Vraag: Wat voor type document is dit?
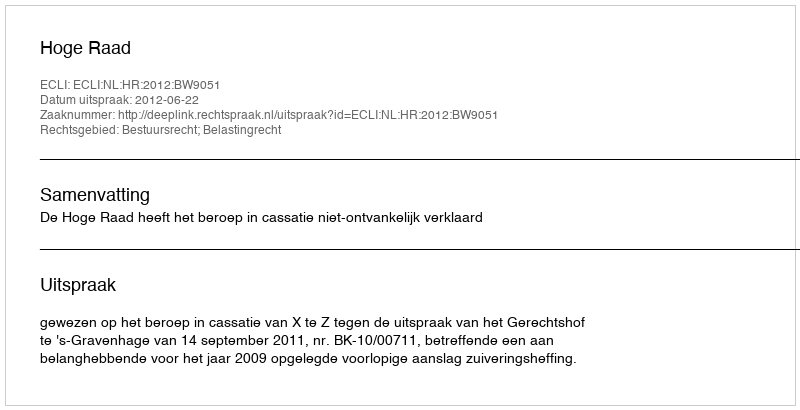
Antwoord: Uitspraak